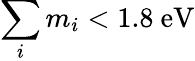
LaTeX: \sum_{i}m_{i}<1.8\mathrm{~eV}